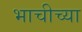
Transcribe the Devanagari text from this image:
भाचीच्या